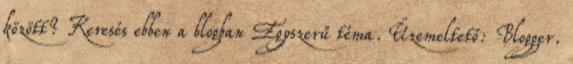
között? Keresés ebben a blogban Egyszerű téma. Üzemeltető: Blogger.